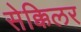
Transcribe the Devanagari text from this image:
सेक्किलर